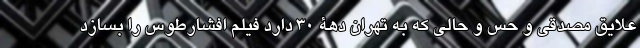
علایق مصدقی و حس و حالی که به تهران دهۀ 30 دارد فیلم افشارطوس را بسازد